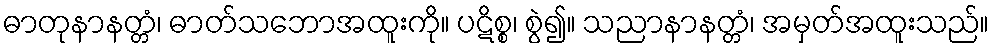
ဓာတုနာနတ္တံ၊ ဓာတ်သဘောအထူးကို။ ပဋိစ္စ၊ စွဲ၍။ သညာနာနတ္တံ၊ အမှတ်အထူးသည်။